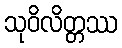
သုဝိလိတ္တဿ